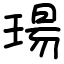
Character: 瑒